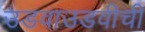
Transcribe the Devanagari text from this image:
उडवाउडवीची